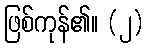
ဖြစ်ကုန်၏။ (၂)